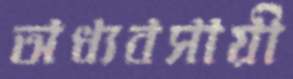
অধ্যবসায়ী